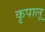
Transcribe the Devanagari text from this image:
कृपालू